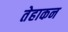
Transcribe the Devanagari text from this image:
तेहाकन